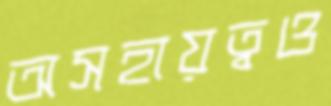
অসহায়ত্বও